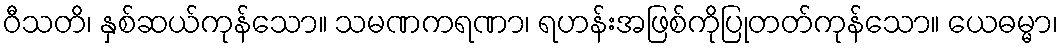
ဝီသတိ၊ နှစ်ဆယ်ကုန်သော။ သမဏကရဏာ၊ ရဟန်းအဖြစ်ကိုပြုတတ်ကုန်သော။ ယေဓမ္မာ၊